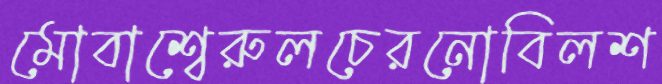
মোবাশ্বেরুলচেরনোবিলশ